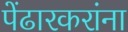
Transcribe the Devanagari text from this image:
पेंढारकरांना